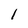
Character: l